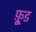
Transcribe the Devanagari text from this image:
फू़्ड